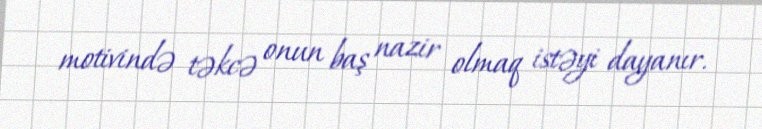
motivində təkcə onun baş nazir olmaq istəyi dayanır.